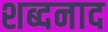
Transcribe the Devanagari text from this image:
शब्दनाद